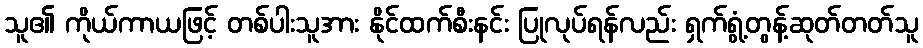
သူ၏ ကိုယ်ကာယဖြင့် တစ်ပါးသူအား နိုင်ထက်စီးနင်း ပြုလုပ်ရန်လည်း ရှက်ရွံ့တွန့်ဆုတ်တတ်သူ